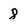
Character: 8